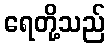
ရေတို့သည်